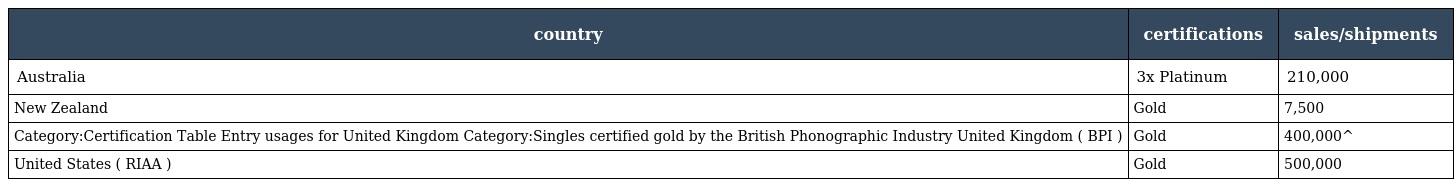
| country | certifications | sales/shipments |
 | --- | --- | --- |
 | Australia | 3x Platinum | 210,000 |
 | New Zealand | Gold | 7,500 |
 | Category:Certification Table Entry usages for United Kingdom Category:Singles certified gold by the British Phonographic Industry United Kingdom ( BPI ) | Gold | 400,000^ |
 | United States ( RIAA ) | Gold | 500,000 |